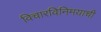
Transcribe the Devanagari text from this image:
विचारविनिमयाची